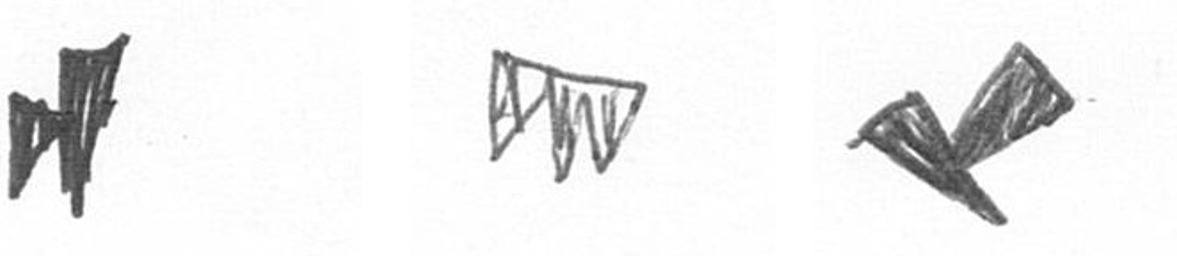
M L F